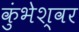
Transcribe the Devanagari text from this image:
कुंभेश्वर